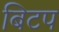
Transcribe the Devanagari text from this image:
बिटप